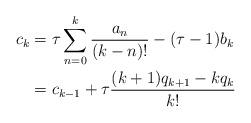
LaTeX: \begin{align*}c_{k} &= \tau \sum_{n=0}^{k} \frac{a_{n}}{(k-n)!} - (\tau-1)b_k \\&= c_{k-1} + \tau\frac{(k+1)q_{k+1}-kq_k}{k!}\end{align*}